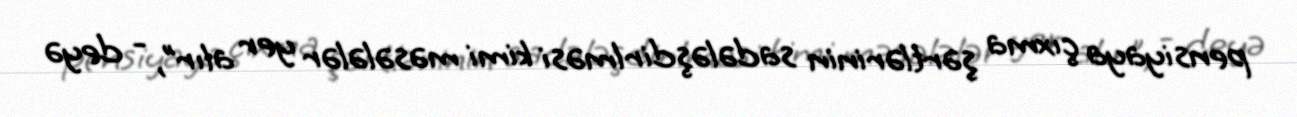
pensiyaya çıxma şərtlərinin sadələşdirlməsi kimi məsələlər yer alır”, - deyə